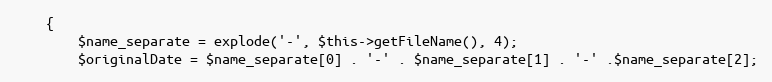
Language: PHP
	{
		$name_separate = explode('-', $this->getFileName(), 4);
		$originalDate = $name_separate[0] . '-' . $name_separate[1] . '-' .$name_separate[2];